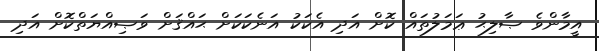
އީމާންވެ ޞާލިޙު ޢަމަލުތައް ކޮށް އަދި އެކަކު އަނެކަކަށް ޙައްޤަށް ވަޞިއްޔަތްކޮށް އަދި